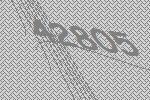
42805